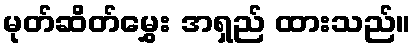
မုတ်ဆိတ်မွှေး အရှည် ထားသည်။